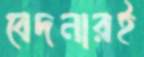
বেদনারই